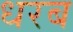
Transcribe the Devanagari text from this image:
धरब